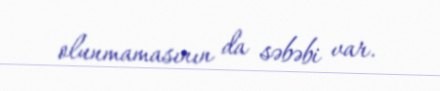
olunmamasının da səbəbi var.